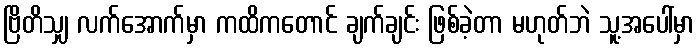
ဗြိတိသျှ လက်အောက်မှာ ကထိကတောင် ချက်ချင်း ဖြစ်ခဲ့တာ မဟုတ်ဘဲ သူ့အပေါ်မှာ